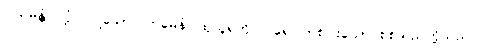
ဝါယမန္တံ၊ လုံ့လပြုသော။ တမေနံ၊ ထုသူရဲကို။ ပရေ၊ တစ်ပါးသော စစ်သည်တို့သည်။